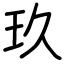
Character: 玖